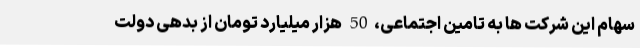
سهام این شرکت ها به تامین اجتماعی،50 هزار میلیارد تومان از بدهی دولت